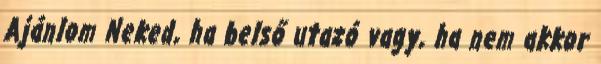
Ajánlom Neked, ha belső utazó vagy, ha nem akkor